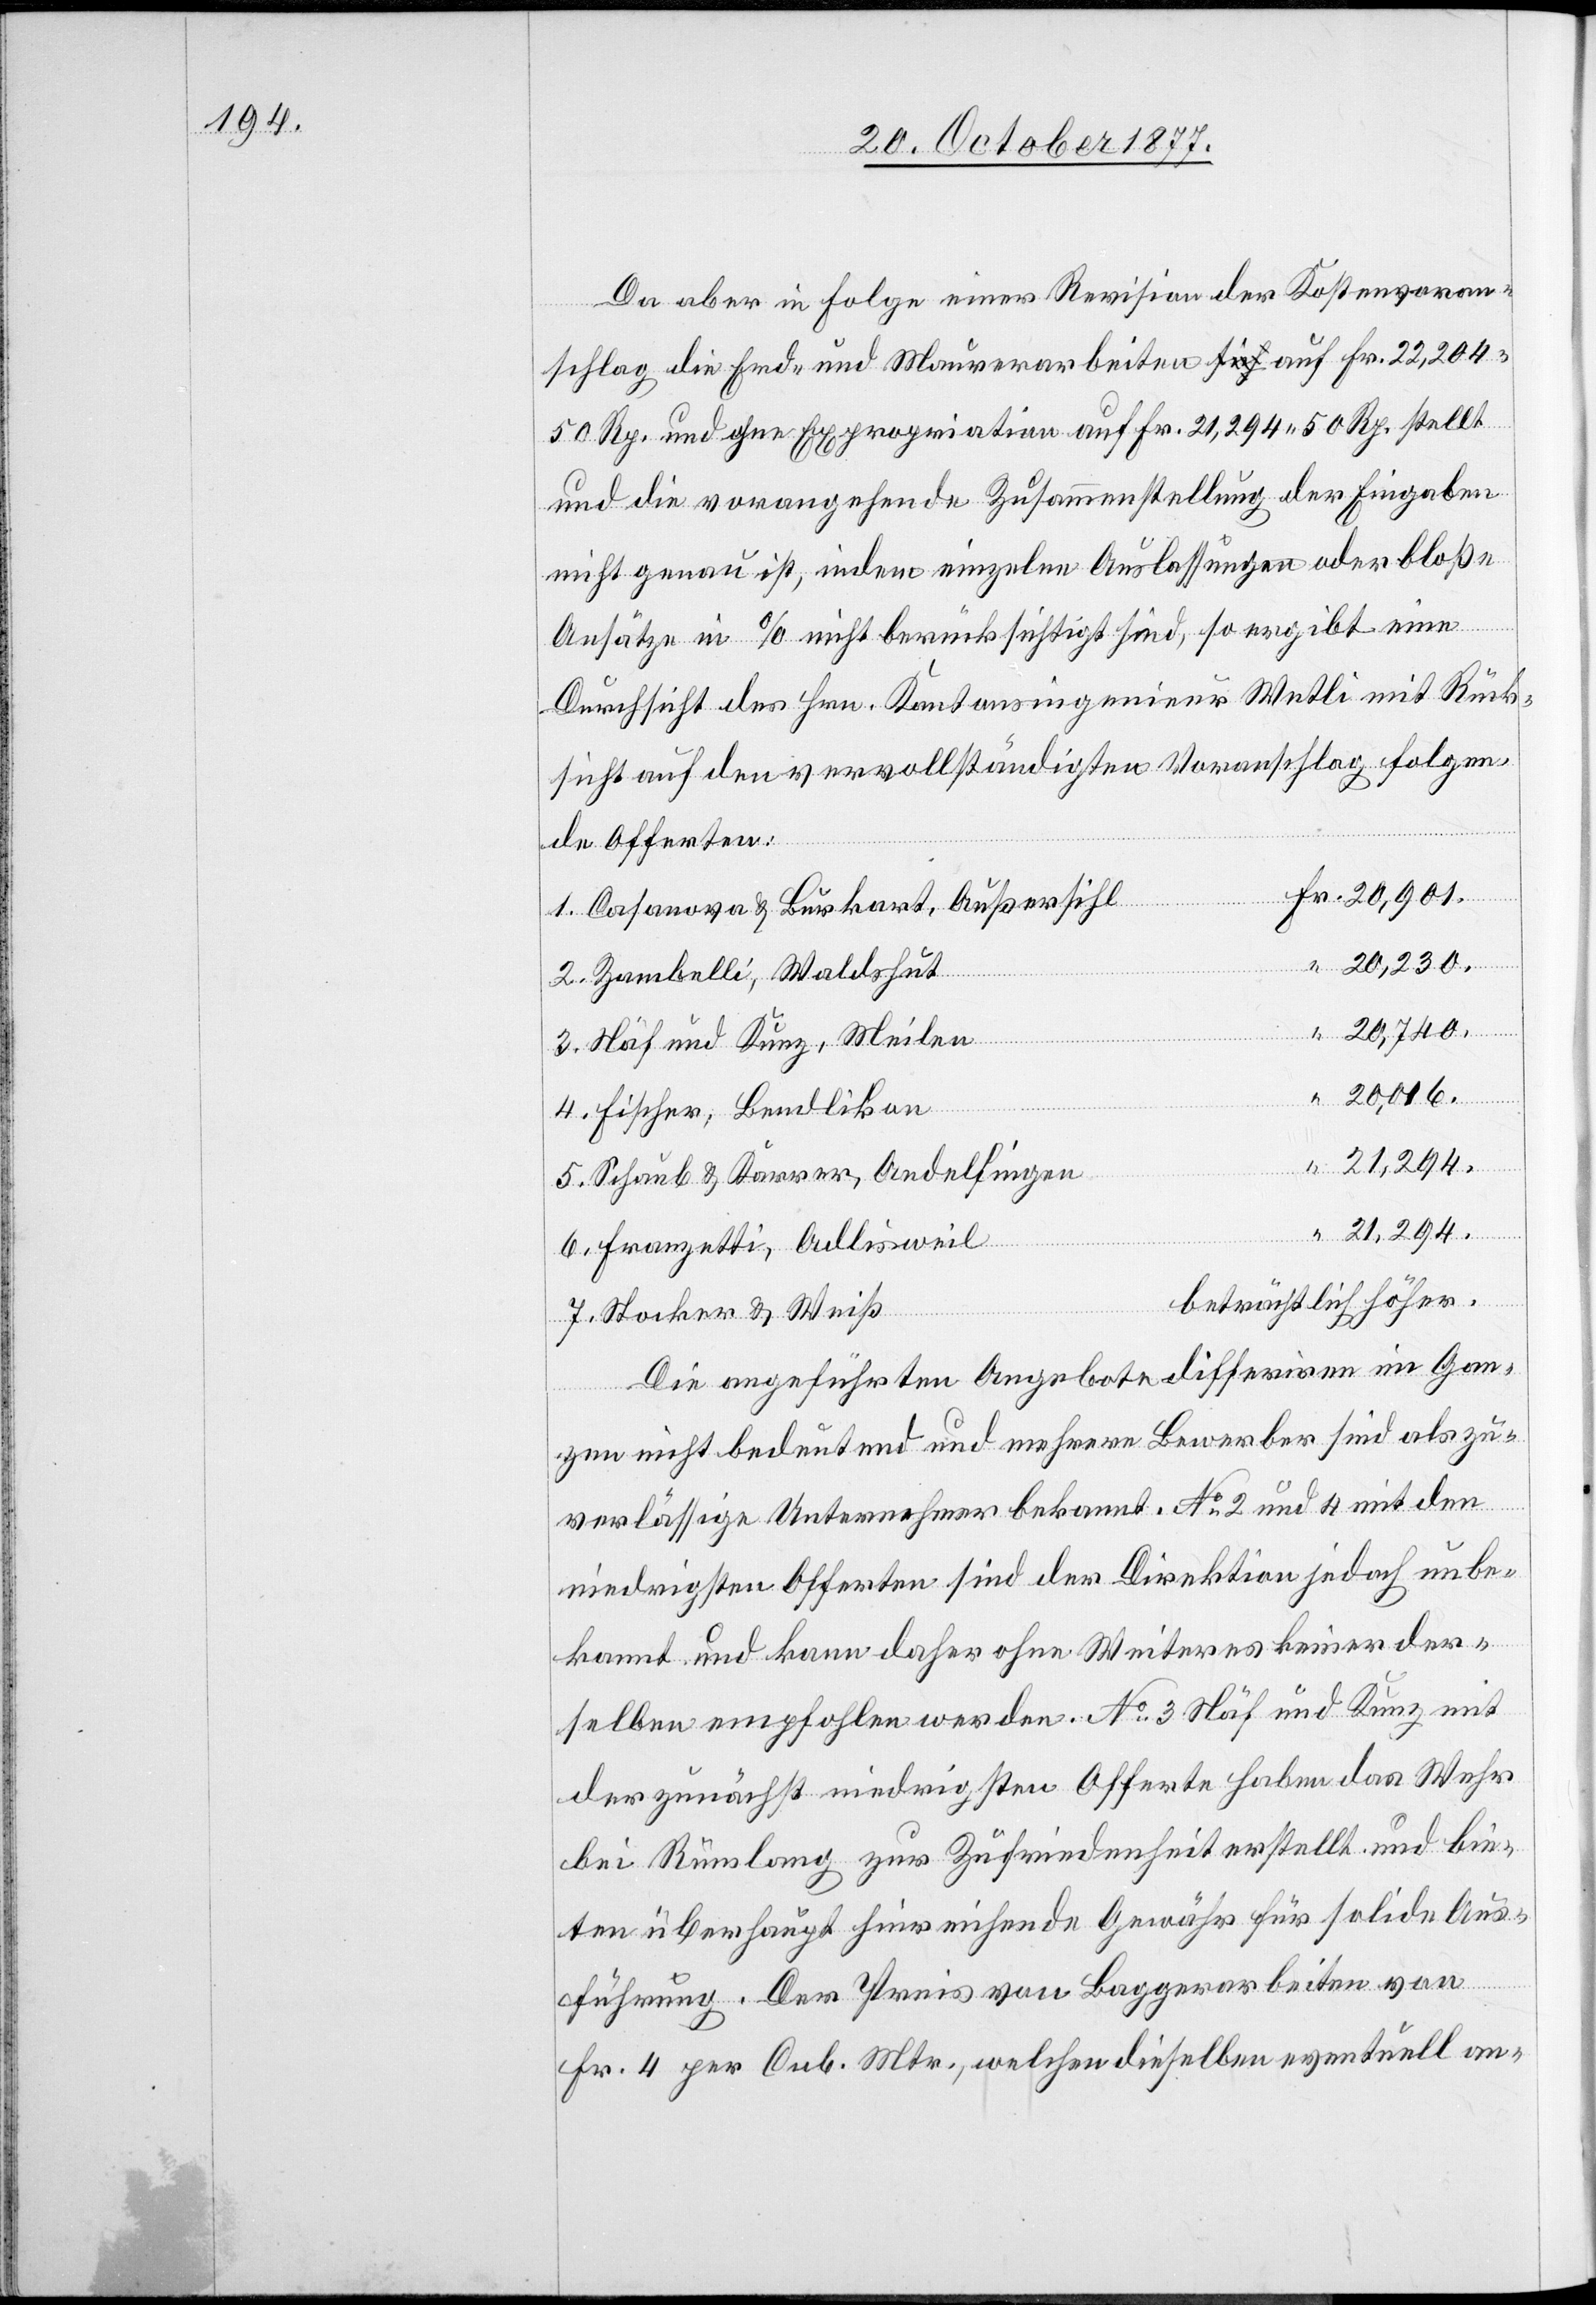
Da aber in Folge einer Revision der Kostenvoran¬
schlag die Erd- und Maurerarbeiten a-sich-a auf Fr. 22,204
50 Rp. und ohne Expropriation auf Fr. 21,294 50 Rp. stellt
und die vorangehende Zusammenstellung der Eingaben
nicht genau ist, indem einzelne Auslassungen oder bloße
Ansätze in % nicht berücksichtigt sind, so ergibt eine
Durchsicht des Hrn. Kantonsingenieur Wetli mit Rück¬
sicht auf den vervollständigten Voranschlag folgen¬
de Offerten:
Fr. 20,901.
“
Casanova & Burkhart, Außersihl
“ 20,230.
Zambelli, Waldshut
“ 20,740.
Näf und Kunz, Meilen
20,016.
5.
Fischer, Bendlikon
“ 21,294.
Schaub & Karrer, Andelfingen
Franzetti, Adlisweil
beträchtlich höher.
Stocker & Weiß
Die angeführten Angebote differiren im Gan¬
zen nicht bedeutend und mehrere Bewerber sind als zu¬
verlässige Unternehmer bekannt. No 2 und 4 mit den
niedrigsten Offerten sind der Direktion jedoch unbe¬
kannt und kann daher ohne Weiteres keiner der¬
selben empfohlen werden. No 3 Näf und Kunz mit
der zunächst niedrigsten Offerte haben das Wehr
bei Rümlang zur Zufriedenheit erstellt und bie¬
ten überhaupt hinreichende Gewähr für solide Aus¬
führung. Der Preis von Baggerarbeiten von
Fr. 4 per Cub. Mtr., welchen dieselben eventuell an-